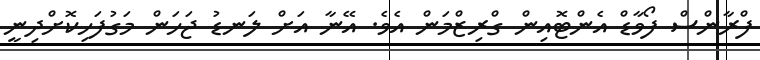
ފްރާންސް ފޯވާޑް އެންޓޮއިން ގްރިޒްމަން އެވެ. އޭނާ އަށް ލަނޑު ޖަހަން މަގުފަހިކޮށްދިނީ